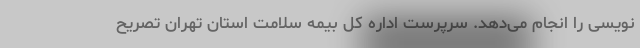
نویسی را انجام می‌دهد. سرپرست اداره کل بیمه سلامت استان تهران تصریح